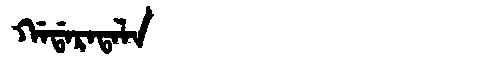
Manchu: ᡤᠠᡩᠠᡵᠠᡨᠠᠯᠠ
Romanization: GADARATALA